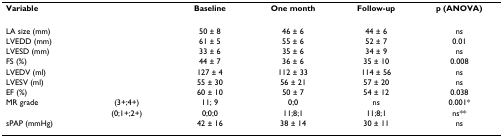
<table><thead><tr><td colspan="2"><b>Variable</b></td><td><b>Baseline</b></td><td><b>One month</b></td><td><b>Follow-up</b></td><td><b>p (ANOVA)</b></td></tr></thead><tbody><tr><td colspan="2">LA size (mm)</td><td>50 ± 8</td><td>46 ± 6</td><td>44 ± 6</td><td>ns</td></tr><tr><td colspan="2">LVEDD (mm)</td><td>61 ± 5</td><td>55 ± 6</td><td>52 ± 7</td><td>0.01</td></tr><tr><td colspan="2">LVESD (mm)</td><td>33 ± 6</td><td>35 ± 6</td><td>34 ± 9</td><td>ns</td></tr><tr><td colspan="2">FS (%)</td><td>44 ± 7</td><td>36 ± 6</td><td>35 ± 10</td><td>0.008</td></tr><tr><td colspan="2">LVEDV (ml)</td><td>127 ± 4</td><td>112 ± 33</td><td>114 ± 56</td><td>ns</td></tr><tr><td colspan="2">LVESV (ml)</td><td>55 ± 30</td><td>56 ± 21</td><td>57 ± 20</td><td>ns</td></tr><tr><td colspan="2">EF (%)</td><td>60 ± 10</td><td>50 ± 7</td><td>54 ± 12</td><td>0.038</td></tr><tr><td>MR grade</td><td>(3+;4+)</td><td>11; 9</td><td>0;0</td><td>ns</td><td>0.001*</td></tr><tr><td></td><td>(0;1+;2+)</td><td>0;0;0</td><td>11;8;1</td><td>11;8;1</td><td>ns**</td></tr><tr><td colspan="2">sPAP (mmHg)</td><td>42 ± 16</td><td>38 ± 14</td><td>30 ± 11</td><td>ns</td></tr></tbody></table>